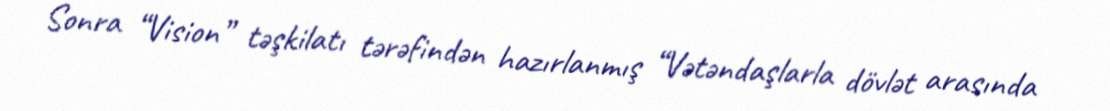
Sonra “Vision” təşkilatı tərəfindən hazırlanmış “Vətəndaşlarla dövlət arasında